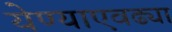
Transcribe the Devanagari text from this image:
येण्याएवढ्या